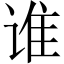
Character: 谁